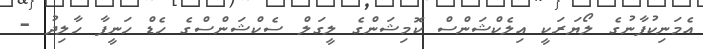
އެމަނިކުފާނުގެ ލޯޔަރަކީ އިލެކްޝަންސް ކޮމިޝަންގެ ލީގަލް ސެކްޝަންސްގެ ހެޑް ހަނީފާ ހާލިދު -